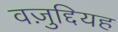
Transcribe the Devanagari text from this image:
वज़ुद्दियह